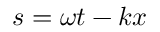
s = \omega t - k x